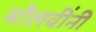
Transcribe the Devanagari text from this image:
मौलवींनी